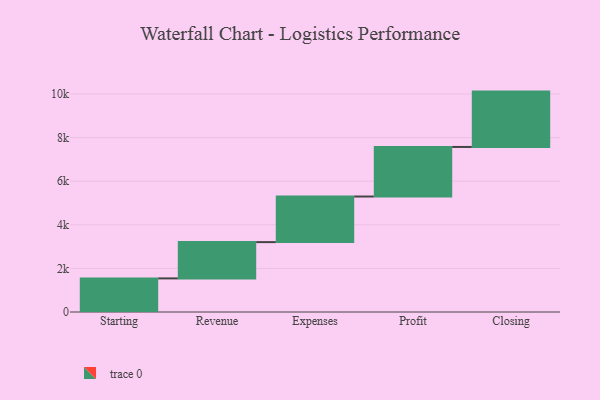
{"axis": {"x": "Step", "y": "Value"}, "legend": [""], "data": [{"x": "Starting", "y": 1541.0, "type": ""}, {"x": "Revenue", "y": 1664.0, "type": ""}, {"x": "Expenses", "y": 2092.0, "type": ""}, {"x": "Profit", "y": 2273.0, "type": ""}, {"x": "Closing", "y": 2539.0, "type": ""}]}